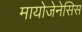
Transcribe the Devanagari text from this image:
मायोजेनेसिस